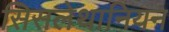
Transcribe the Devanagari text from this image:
सिसलेथानियन